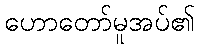
ဟောတော်မူအပ်၏